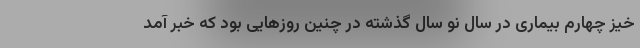
خیز چهارم بیماری در سال نو سال گذشته در چنین روزهایی بود که خبر آمد